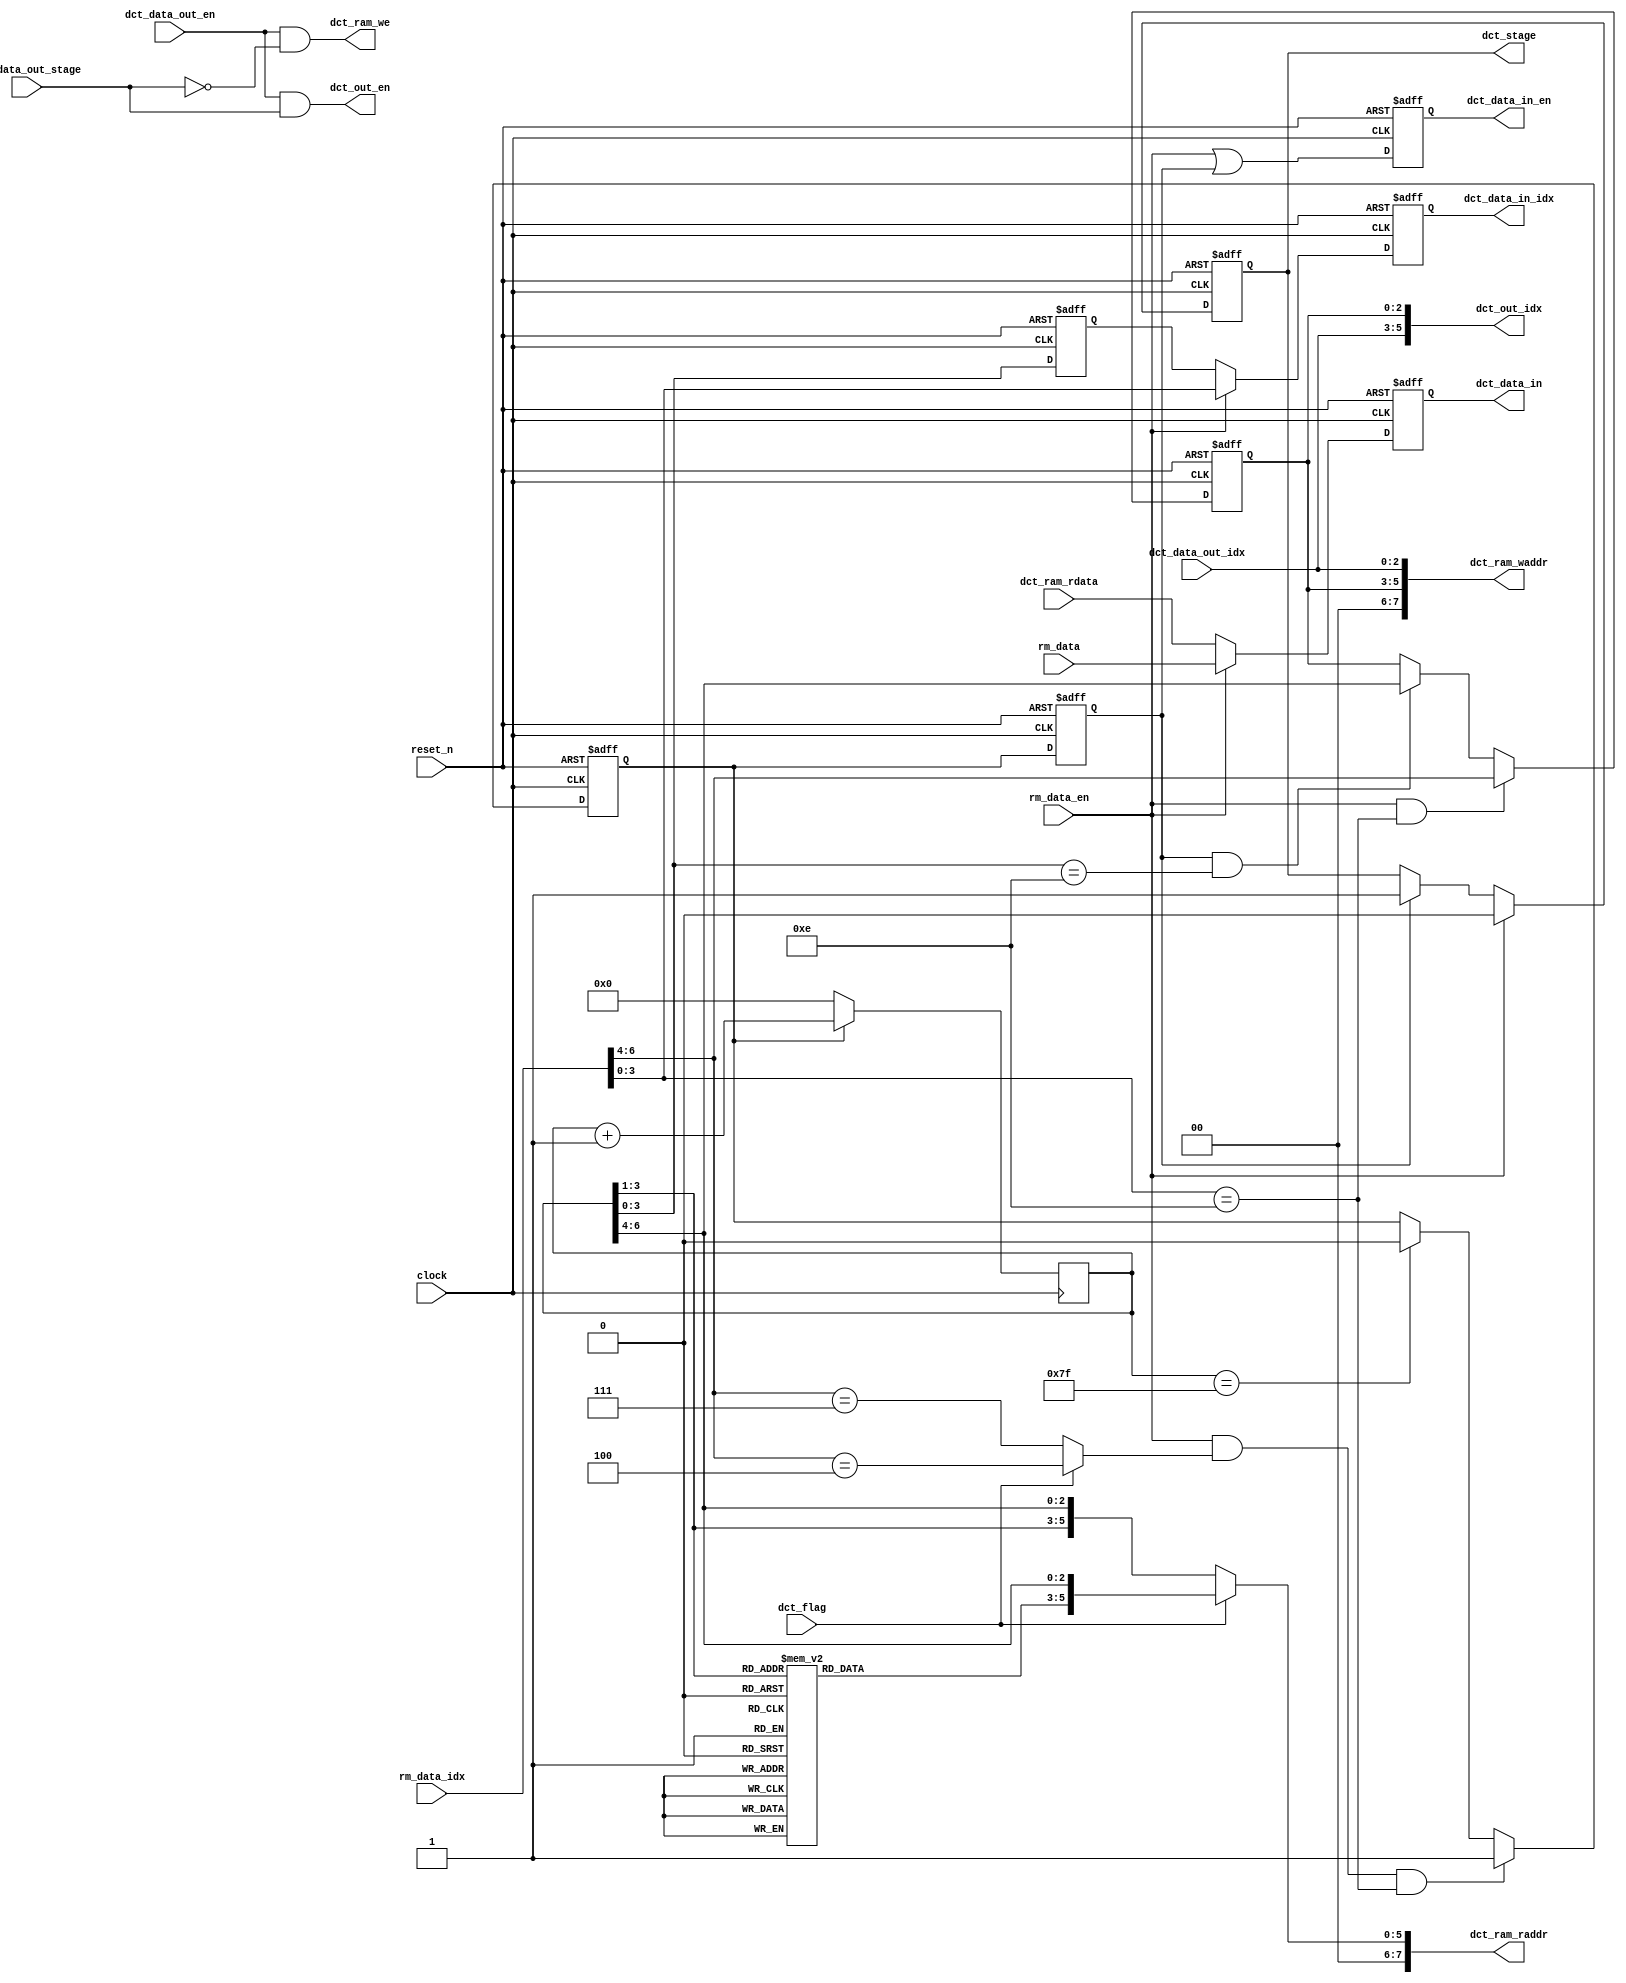
//=============================================================================
// Copyright(c) 2014 Lattice Semiconductor Corporation. All rights reserved. 
//=============================================================================
// Module:         dct_ctrl
// Content:        DCT/IDCT control of RAM addressing and data flow
//                 
// History:
// 2014-06-01:     Luke Wang        first edition.
//     
//=============================================================================

module dct_ctrl (
    clock,
    reset_n,
    // config
    dct_flag,
    // from external source
    rm_data_en,
    rm_data_idx,
    rm_data,
    // internal RAM control
    dct_ram_we,
    dct_ram_waddr,
    dct_ram_raddr,
    dct_ram_rdata,
    // 1xD dct control
    dct_data_in,
    dct_data_in_en,
    dct_data_in_idx,
    dct_stage,
    dct_data_out_en,
    dct_data_out_stage,
    dct_data_out_idx,
    // to output interface
    dct_out_en,
    dct_out_idx
);

parameter   D_WIDTH                     = 13;

/* interface declaration */

input                                   reset_n;
input                                   clock;

input                                   dct_flag;

input                                   rm_data_en;
input   [6:0]                           rm_data_idx;
input   [D_WIDTH-1:0]                   rm_data;

output                                  dct_ram_we;
output  [7:0]                           dct_ram_waddr;
output  [7:0]                           dct_ram_raddr;
input   [D_WIDTH-1:0]                   dct_ram_rdata;

output  [D_WIDTH-1:0]                   dct_data_in;
output                                  dct_data_in_en;
output  [3:0]                           dct_data_in_idx;
output                                  dct_stage;
input                                   dct_data_out_en;
input                                   dct_data_out_stage;
input   [2:0]                           dct_data_out_idx;

output                                  dct_out_en;
output  [5:0]                           dct_out_idx;

/* wire-type signals definition */
wire                                    dct_ram_we;
wire    [7:0]                           dct_ram_waddr;
wire    [7:0]                           dct_ram_raddr;

wire                                    rm_last_blk;
wire                                    rm_last_data;

wire                                    dct_out_en;
wire    [5:0]                           dct_out_idx;

/* reg-type signals definition */
reg     [3:0]                           dct_data_in_idx;
reg                                     dct_data_in_en;
reg                                     dct_stage;
reg     [D_WIDTH-1:0]                   dct_data_in;
reg     [D_WIDTH-1:0]                   dct_data_in_mux;

reg     [6:0]                           cntr_ram_rd;
reg                                     dct_ram_rd_en;
reg                                     dct_ram_rdata_en;
reg     [2:0]                           dct_blk_idx;
reg     [2:0]                           cntr_ram_rd_dct;
reg     [3:0]                           ram_rdata_idx;
// --------------------------------------------------------------------------------------


// --------------------------------------------
//
// DCT input control
//
// --------------------------------------------

always @* begin
    if (rm_data_en) begin
        dct_data_in_mux = rm_data;
    end
    else begin
        dct_data_in_mux = dct_ram_rdata;  
    end
end

always @ (posedge clock or negedge reset_n) begin
    if (~reset_n) begin
        dct_data_in <= 0;
    end
    else begin
        dct_data_in <= dct_data_in_mux;
    end
end

always @ (posedge clock or negedge reset_n) begin
    if (~reset_n) begin
        dct_data_in_idx <= 0;
    end
    else if (rm_data_en) begin
        dct_data_in_idx <= rm_data_idx[3:0];
    end
    else begin
        dct_data_in_idx <= ram_rdata_idx;
    end
end

always @ (posedge clock or negedge reset_n) begin
    if (~reset_n) begin
        dct_data_in_en <= 0;
    end
    else begin
        dct_data_in_en <= rm_data_en | dct_ram_rdata_en;
    end
end

always @ (posedge clock or negedge reset_n) begin
    if (~reset_n) begin
        dct_stage <= 1'b0;
    end
    else if (rm_data_en) begin
        dct_stage <= 1'b0;
    end
    else if (dct_ram_rdata_en) begin
        dct_stage <= 1'b1;
    end
end

// --------------------------------------------
//
// DCT RAM control
//
// --------------------------------------------

assign rm_last_blk = dct_flag ? (rm_data_idx[6:4] == 3'b100) : (rm_data_idx[6:4] == 3'b111);
assign rm_last_data = (rm_data_idx[3:0] == 4'd14);

always @ (posedge clock or negedge reset_n) begin
    if (~reset_n) begin
        dct_blk_idx <= 3'd0;
    end
    else if (rm_data_en && rm_last_data) begin
        dct_blk_idx <= rm_data_idx[6:4];
    end
    else if (dct_ram_rdata_en && cntr_ram_rd[3:0] == 4'd14) begin
        dct_blk_idx <= cntr_ram_rd[6:4];
    end
end

assign dct_ram_we = dct_data_out_en & (~dct_data_out_stage);
assign dct_ram_waddr = {2'd0,dct_blk_idx,dct_data_out_idx};

always @ (posedge clock or negedge reset_n) begin
    if (~reset_n) begin
        dct_ram_rd_en <= 1'b0;
    end
    else if (rm_data_en && rm_last_blk && rm_last_data) begin
        dct_ram_rd_en <= 1'b1;
    end
    else if (cntr_ram_rd == 7'd127) begin
        dct_ram_rd_en <= 1'b0;
    end
end

always @ (posedge clock or negedge reset_n) begin
    if (~reset_n) begin
        dct_ram_rdata_en <= 1'b0;
    end
    else begin
        dct_ram_rdata_en <= dct_ram_rd_en;
    end
end

always @ (posedge clock) begin
    if (~dct_ram_rd_en) begin
        cntr_ram_rd <= 7'd0;
    end
    else begin
        cntr_ram_rd <= cntr_ram_rd + 1;
    end
end

always @ (posedge clock or negedge reset_n) begin
    if (~reset_n) begin
        ram_rdata_idx <= 4'd0;
    end
    else begin
        ram_rdata_idx <= cntr_ram_rd[3:0];
    end
end

always @* begin
    case (cntr_ram_rd[3:1])
        3'd0: cntr_ram_rd_dct = 3'd0;
        3'd1: cntr_ram_rd_dct = 3'd7;
        3'd2: cntr_ram_rd_dct = 3'd1;
        3'd3: cntr_ram_rd_dct = 3'd6;
        3'd4: cntr_ram_rd_dct = 3'd2;
        3'd5: cntr_ram_rd_dct = 3'd5;
        3'd6: cntr_ram_rd_dct = 3'd3;
        3'd7: cntr_ram_rd_dct = 3'd4;
    endcase
end

assign dct_ram_raddr = dct_flag ? {2'd0,cntr_ram_rd_dct,cntr_ram_rd[6:4]} : {2'd0,cntr_ram_rd[3:1],cntr_ram_rd[6:4]}; 

// --------------------------------------------
//
// DCT output control
//
// --------------------------------------------

assign dct_out_en = dct_data_out_en & dct_data_out_stage;
assign dct_out_idx = {dct_data_out_idx,dct_blk_idx};

// --------------------------------------------------------------------------------------
endmodule